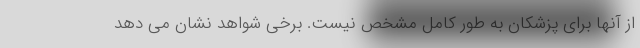
از آنها برای پزشکان به طور کامل مشخص نیست. برخی شواهد نشان می دهد